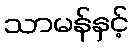
သာမန်နှင့်